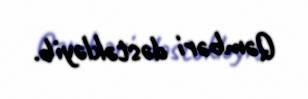
Qəmbəri dəstəkləyib.